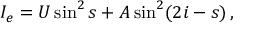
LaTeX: I _ { e } = U \sin ^ { 2 } s + A \sin ^ { 2 } ( 2 i - s ) \, ,